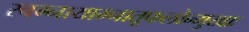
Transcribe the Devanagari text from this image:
स्वम्नायाम्नातूफलोन्मुखाः